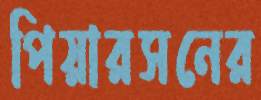
পিয়ারসনের